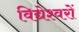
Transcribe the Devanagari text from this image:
विद्येश्वरों